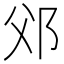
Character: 𨚅